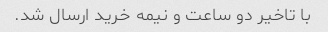
با تاخیر دو ساعت و نیمه خرید ارسال شد.